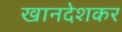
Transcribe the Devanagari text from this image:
खानदेशकर